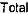
TOTAL